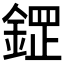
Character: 𮢟